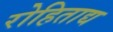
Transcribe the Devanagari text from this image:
रोहिताद्य